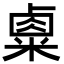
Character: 𥻆